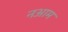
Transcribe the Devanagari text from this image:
नआम